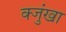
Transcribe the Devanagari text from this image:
क्जुंखा